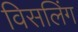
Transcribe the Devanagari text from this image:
विसलिंग